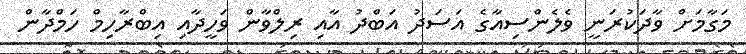
މަގާމަށް ވާދަކުރަނީ ވެލެންސިއާގެ އަސަދު އަބްދު އާއި ރިލްވާން ވަހީދާއި އިބްރާހިމް ހަމްދާން